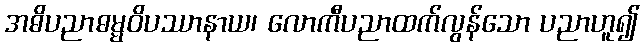
အဓိပညာဓမ္မဝိပဿာနာယ၊ လောကီပညာထက်လွန်သော ပညာဟူ၍